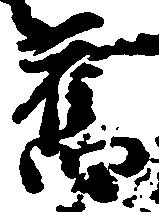
旧